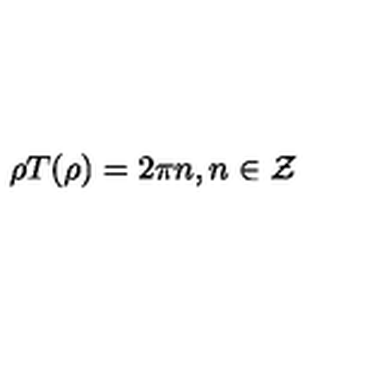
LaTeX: \rho T ( \rho ) = 2 \pi n , n \in { \cal Z }